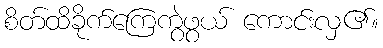
စိတ်ထိခိုက်ကြေကွဲဖွယ် ကောင်းလှ၏။